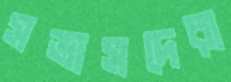
সভাসদেরা